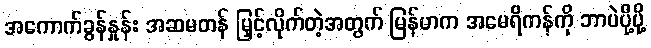
အကောက်ခွန်နှုန်း အဆမတန် မြှင့်လိုက်တဲ့အတွက် မြန်မာက အမေရိကန်ကို ဘာပဲပို့ပို့